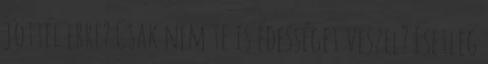
jöttél erre? Csak nem te is édességet veszel? Esetleg